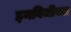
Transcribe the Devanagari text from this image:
इनविजीबल